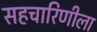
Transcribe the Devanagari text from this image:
सहचारिणीला